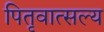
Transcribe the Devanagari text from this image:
पितृवात्सल्य